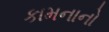
કામનાનો